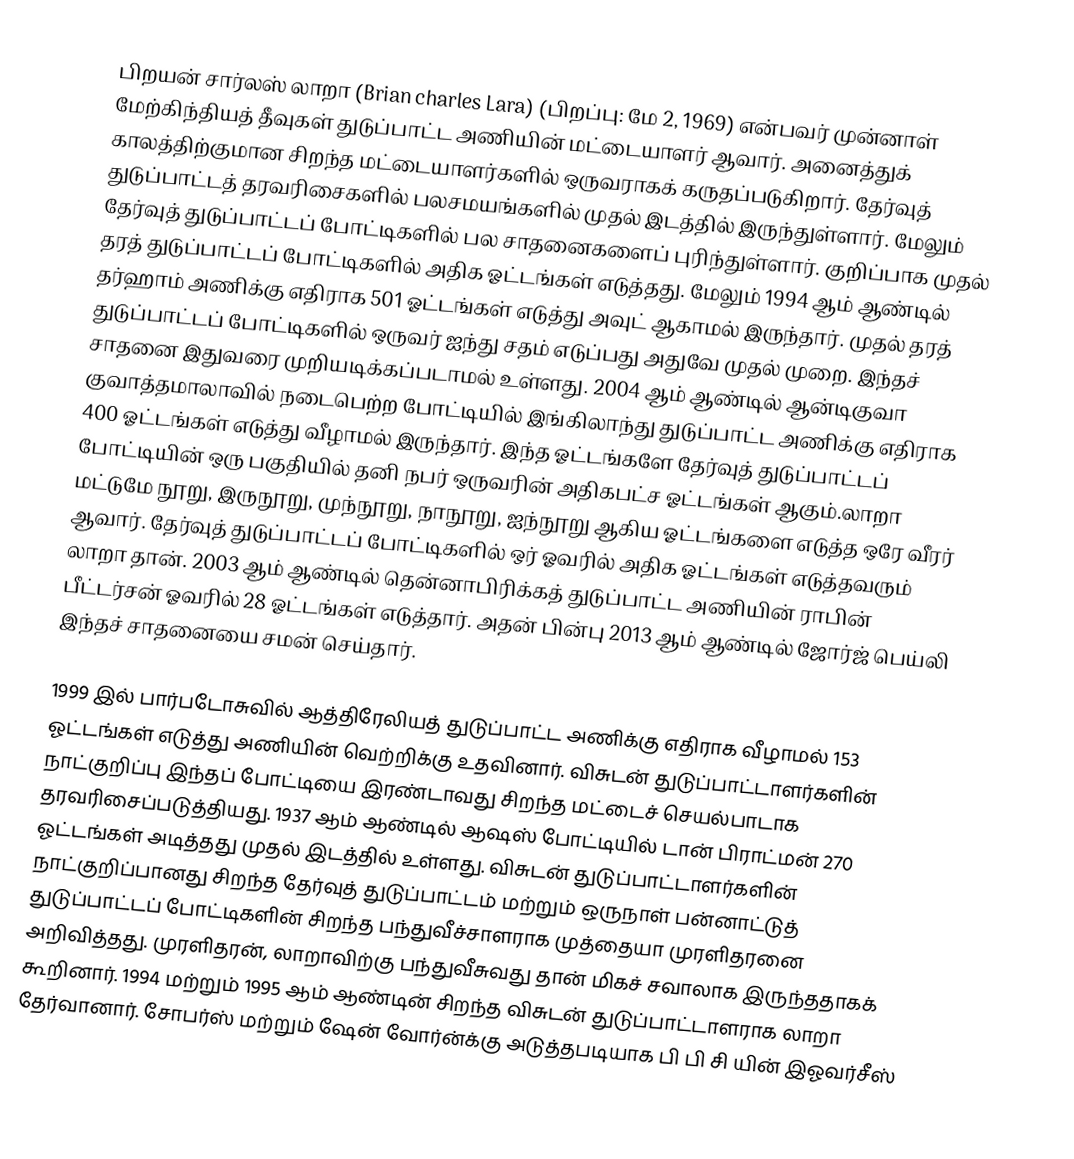
பிறயன் சார்லஸ் லாறா (Brian charles Lara) (பிறப்பு: மே 2, 1969) என்பவர் முன்னாள் மேற்கிந்தியத் தீவுகள் துடுப்பாட்ட அணியின் மட்டையாளர் ஆவார். அனைத்துக் காலத்திற்குமான சிறந்த மட்டையாளர்களில் ஒருவராகக் கருதப்படுகிறார். தேர்வுத் துடுப்பாட்டத் தரவரிசைகளில் பலசமயங்களில் முதல் இடத்தில் இருந்துள்ளார். மேலும் தேர்வுத் துடுப்பாட்டப் போட்டிகளில் பல சாதனைகளைப் புரிந்துள்ளார். குறிப்பாக முதல் தரத் துடுப்பாட்டப் போட்டிகளில் அதிக ஓட்டங்கள் எடுத்தது. மேலும் 1994 ஆம் ஆண்டில் தர்ஹாம் அணிக்கு எதிராக 501 ஓட்டங்கள் எடுத்து அவுட் ஆகாமல் இருந்தார். முதல் தரத் துடுப்பாட்டப் போட்டிகளில் ஒருவர் ஐந்து சதம் எடுப்பது அதுவே முதல் முறை. இந்தச் சாதனை இதுவரை முறியடிக்கப்படாமல் உள்ளது. 2004 ஆம் ஆண்டில் ஆன்டிகுவா குவாத்தமாலாவில் நடைபெற்ற போட்டியில் இங்கிலாந்து துடுப்பாட்ட அணிக்கு எதிராக 400 ஓட்டங்கள் எடுத்து வீழாமல் இருந்தார். இந்த ஓட்டங்களே தேர்வுத் துடுப்பாட்டப் போட்டியின் ஒரு பகுதியில்  தனி நபர் ஒருவரின் அதிகபட்ச ஓட்டங்கள் ஆகும்.லாறா மட்டுமே நூறு, இருநூறு, முந்நூறு, நாநூறு, ஐந்நூறு ஆகிய ஓட்டங்களை எடுத்த ஒரே வீரர் ஆவார்.  தேர்வுத் துடுப்பாட்டப் போட்டிகளில் ஒர் ஓவரில் அதிக ஓட்டங்கள் எடுத்தவரும் லாறா தான். 2003 ஆம் ஆண்டில் தென்னாபிரிக்கத் துடுப்பாட்ட அணியின் ராபின் பீட்டர்சன் ஓவரில் 28 ஓட்டங்கள் எடுத்தார். அதன் பின்பு 2013 ஆம் ஆண்டில் ஜோர்ஜ் பெய்லி இந்தச் சாதனையை சமன் செய்தார்.

1999 இல் பார்படோசுவில் ஆத்திரேலியத் துடுப்பாட்ட அணிக்கு எதிராக வீழாமல் 153 ஓட்டங்கள் எடுத்து அணியின் வெற்றிக்கு உதவினார். விசுடன் துடுப்பாட்டாளர்களின் நாட்குறிப்பு இந்தப் போட்டியை இரண்டாவது சிறந்த மட்டைச் செயல்பாடாக தரவரிசைப்படுத்தியது. 1937 ஆம் ஆண்டில் ஆஷஸ் போட்டியில் டான் பிராட்மன் 270 ஓட்டங்கள் அடித்தது முதல் இடத்தில் உள்ளது. விசுடன் துடுப்பாட்டாளர்களின் நாட்குறிப்பானது சிறந்த தேர்வுத் துடுப்பாட்டம் மற்றும் ஒருநாள் பன்னாட்டுத் துடுப்பாட்டப் போட்டிகளின் சிறந்த பந்துவீச்சாளராக முத்தையா முரளிதரனை அறிவித்தது. முரளிதரன், லாறாவிற்கு பந்துவீசுவது தான் மிகச் சவாலாக இருந்ததாகக் கூறினார். 1994 மற்றும் 1995 ஆம் ஆண்டின் சிறந்த விசுடன் துடுப்பாட்டாளராக லாறா தேர்வானார். சோபர்ஸ் மற்றும் ஷேன் வோர்ன்க்கு அடுத்தபடியாக பி பி சி யின் இஓவர்சீஸ்